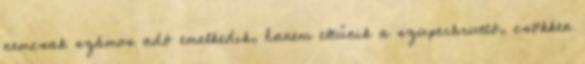
nemcsak számos adó emelkedik, hanem eltűnik a szuperbruttó, csökken